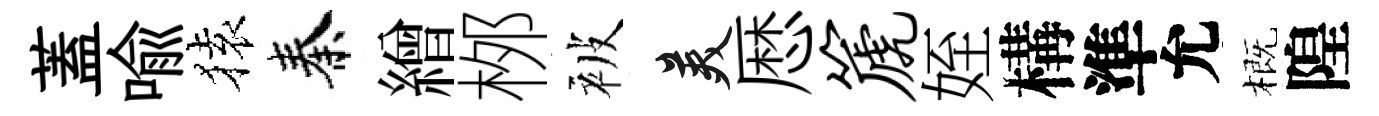
蓋喻𫞤秦繒桞被美厯篪姪構準允概隍